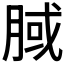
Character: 𣍻